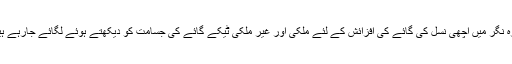
ہنزہ نگر میں اچھی نسل کی گائے کی افزائش کے لئے ملکی اور غیر ملکی ٹیکے گائے کی جسامت کو دیکھتے ہوئے لگائے جارہے ہیں۔